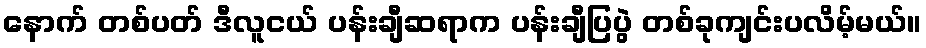
နောက် တစ်ပတ် ဒီလူငယ် ပန်းချီဆရာက ပန်းချီပြပွဲ တစ်ခုကျင်းပလိမ့်မယ်။